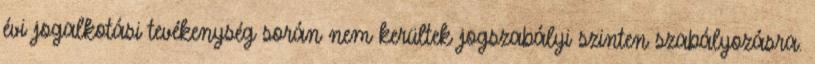
évi jogalkotási tevékenység során nem kerültek jogszabályi szinten szabályozásra.